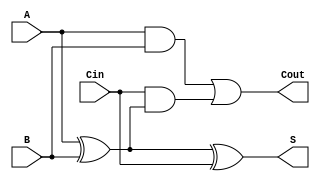
module LowPowerFullAdder (
    input wire A,     // First input bit
    input wire B,     // Second input bit
    input wire Cin,   // Carry-in bit
    output wire S,    // Sum output
    output wire Cout   // Carry-out output
);

// Internal signals for intermediate calculations
wire AxorB;        // Intermediate result for A XOR B

// Calculate Sum using XOR gates
assign AxorB = A ^ B;  // A XOR B
assign S = AxorB ^ Cin; // S = (A XOR B) XOR Cin

// Calculate Carry-out using AND, OR gates
assign Cout = (A & B) | (Cin & AxorB); // Cout = (A AND B) OR (Cin AND (A XOR B))

endmodule